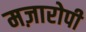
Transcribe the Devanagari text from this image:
मज़ारोपी